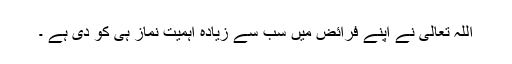
اللہ تعالی نے اپنے فرائض میں سب سے زیادہ اہمیت نماز ہی کو دی ہے ۔